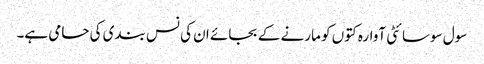
سول سوسائٹی آوارہ کتوں کو مارنے کے بجائے ان کی نس بندی کی حامی ہے۔